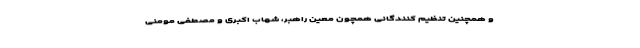
و همچنین تنظیم کنندگانی همچون معین راهبر، شهاب اکبری و مصطفی مومنی